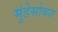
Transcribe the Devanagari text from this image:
मुंडेसोबत